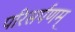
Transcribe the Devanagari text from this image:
परिसर्पणम्